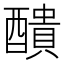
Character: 𨣈